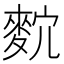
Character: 𪌡